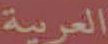
العربية